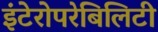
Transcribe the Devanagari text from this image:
इंटेरोपरेबिलिटी